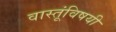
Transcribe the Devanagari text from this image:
वास्तूंविषयी